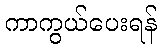
ကာကွယ်ပေးရန်